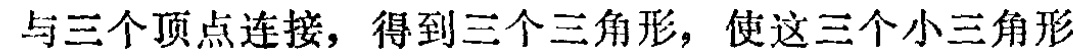
与三个顶点连接，得到三个三角形，使这三个小三角形